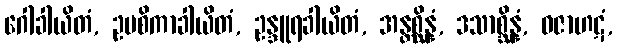
ဂေါခါယိတံ, ဥပစိကာခါယိတံ, ဥန္ဒူရခါယိတံ, အန္တစ္ဆိန္နံ, ဒသာစ္ဆိန္နံ, ဓဇာဟဋံ,